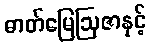
ဓာတ်မြေဩဇာနှင့်